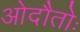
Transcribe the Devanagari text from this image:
ओदौतोः